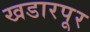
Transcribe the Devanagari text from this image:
खडारपूर